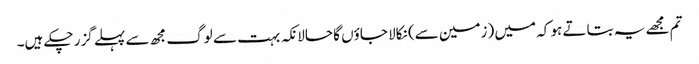
تم مجھے یہ بتاتے ہو کہ میں (زمین سے) نکالا جاؤں گا حالانکہ بہت سے لوگ مجھ سے پہلے گزر چکے ہیں۔